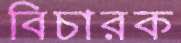
বিচারক